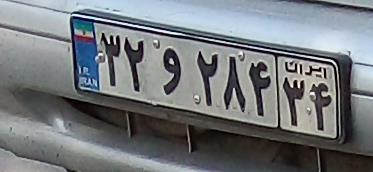
۳۲و۲۸۴۳۴